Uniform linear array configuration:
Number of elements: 8
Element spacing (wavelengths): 0.25
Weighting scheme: binomial
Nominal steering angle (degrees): -45
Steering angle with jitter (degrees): -44.723
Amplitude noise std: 0.05
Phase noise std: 0.05

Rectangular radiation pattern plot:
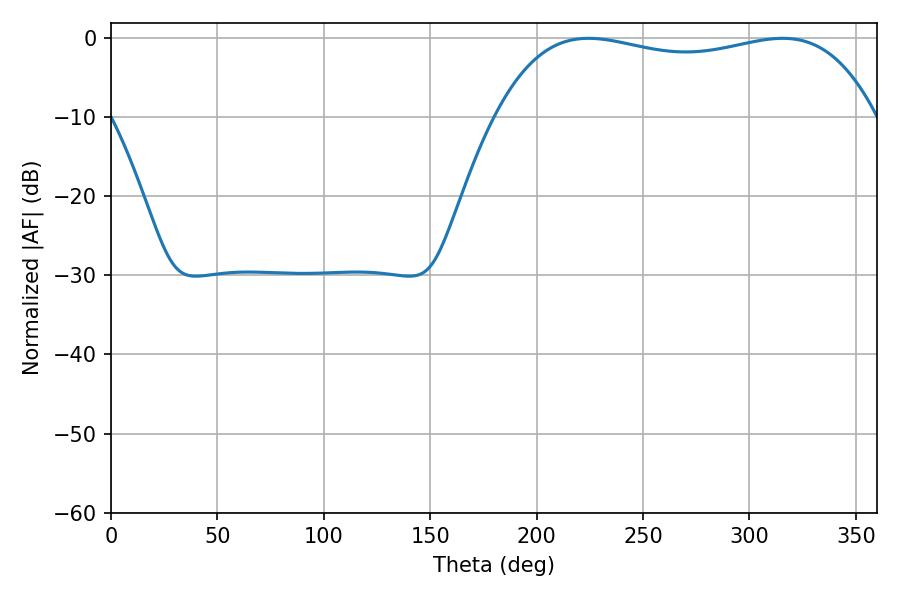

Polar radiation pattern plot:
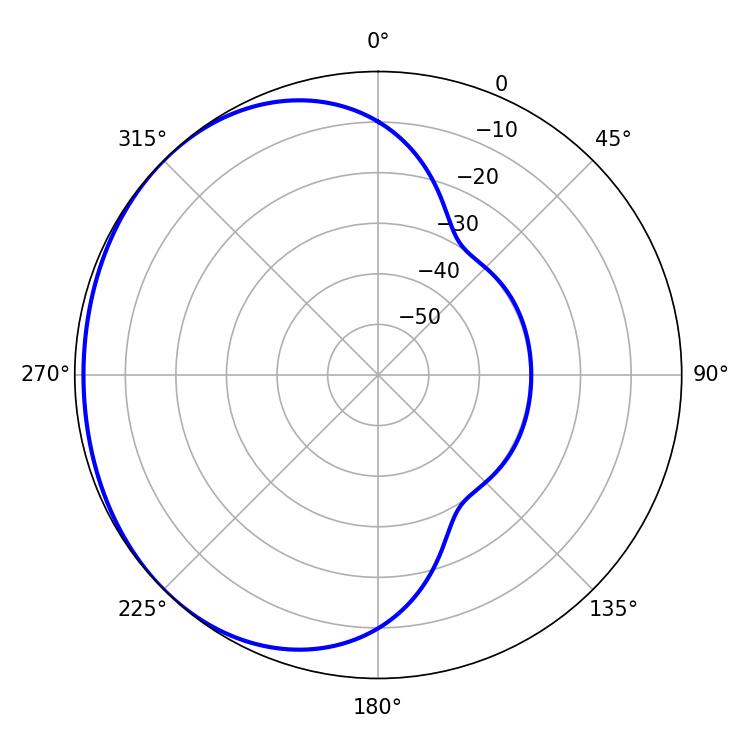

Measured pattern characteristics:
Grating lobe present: FALSE
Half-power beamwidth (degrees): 144
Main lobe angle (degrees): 224.46